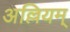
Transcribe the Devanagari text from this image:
अल्लियम्